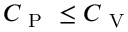
C _ { \mathrm { ~ P ~ } } \leq C _ { \mathrm { ~ V ~ } }